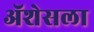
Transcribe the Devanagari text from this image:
ॲशेसला